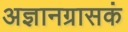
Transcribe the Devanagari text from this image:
अज्ञानग्रासकं